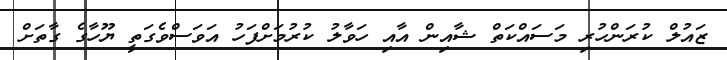
ޒައުލް ކުރަންހުރި މަސައްކަތް ޝާއިން އާއި ހަވާލު ކުރުމަށްފަހު އަވަސްވެގަތީ ޔޫހާގެ ގާތަށް